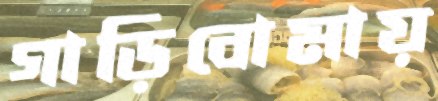
গাড়িবোমায়